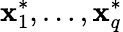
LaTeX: \mathbf{x}_{1}^{*},\ldots,\mathbf{x}_{q}^{*}